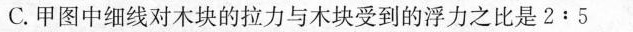
C.甲图中细线对木块的拉力与木块受到的浮力之比是2﹔5 甲